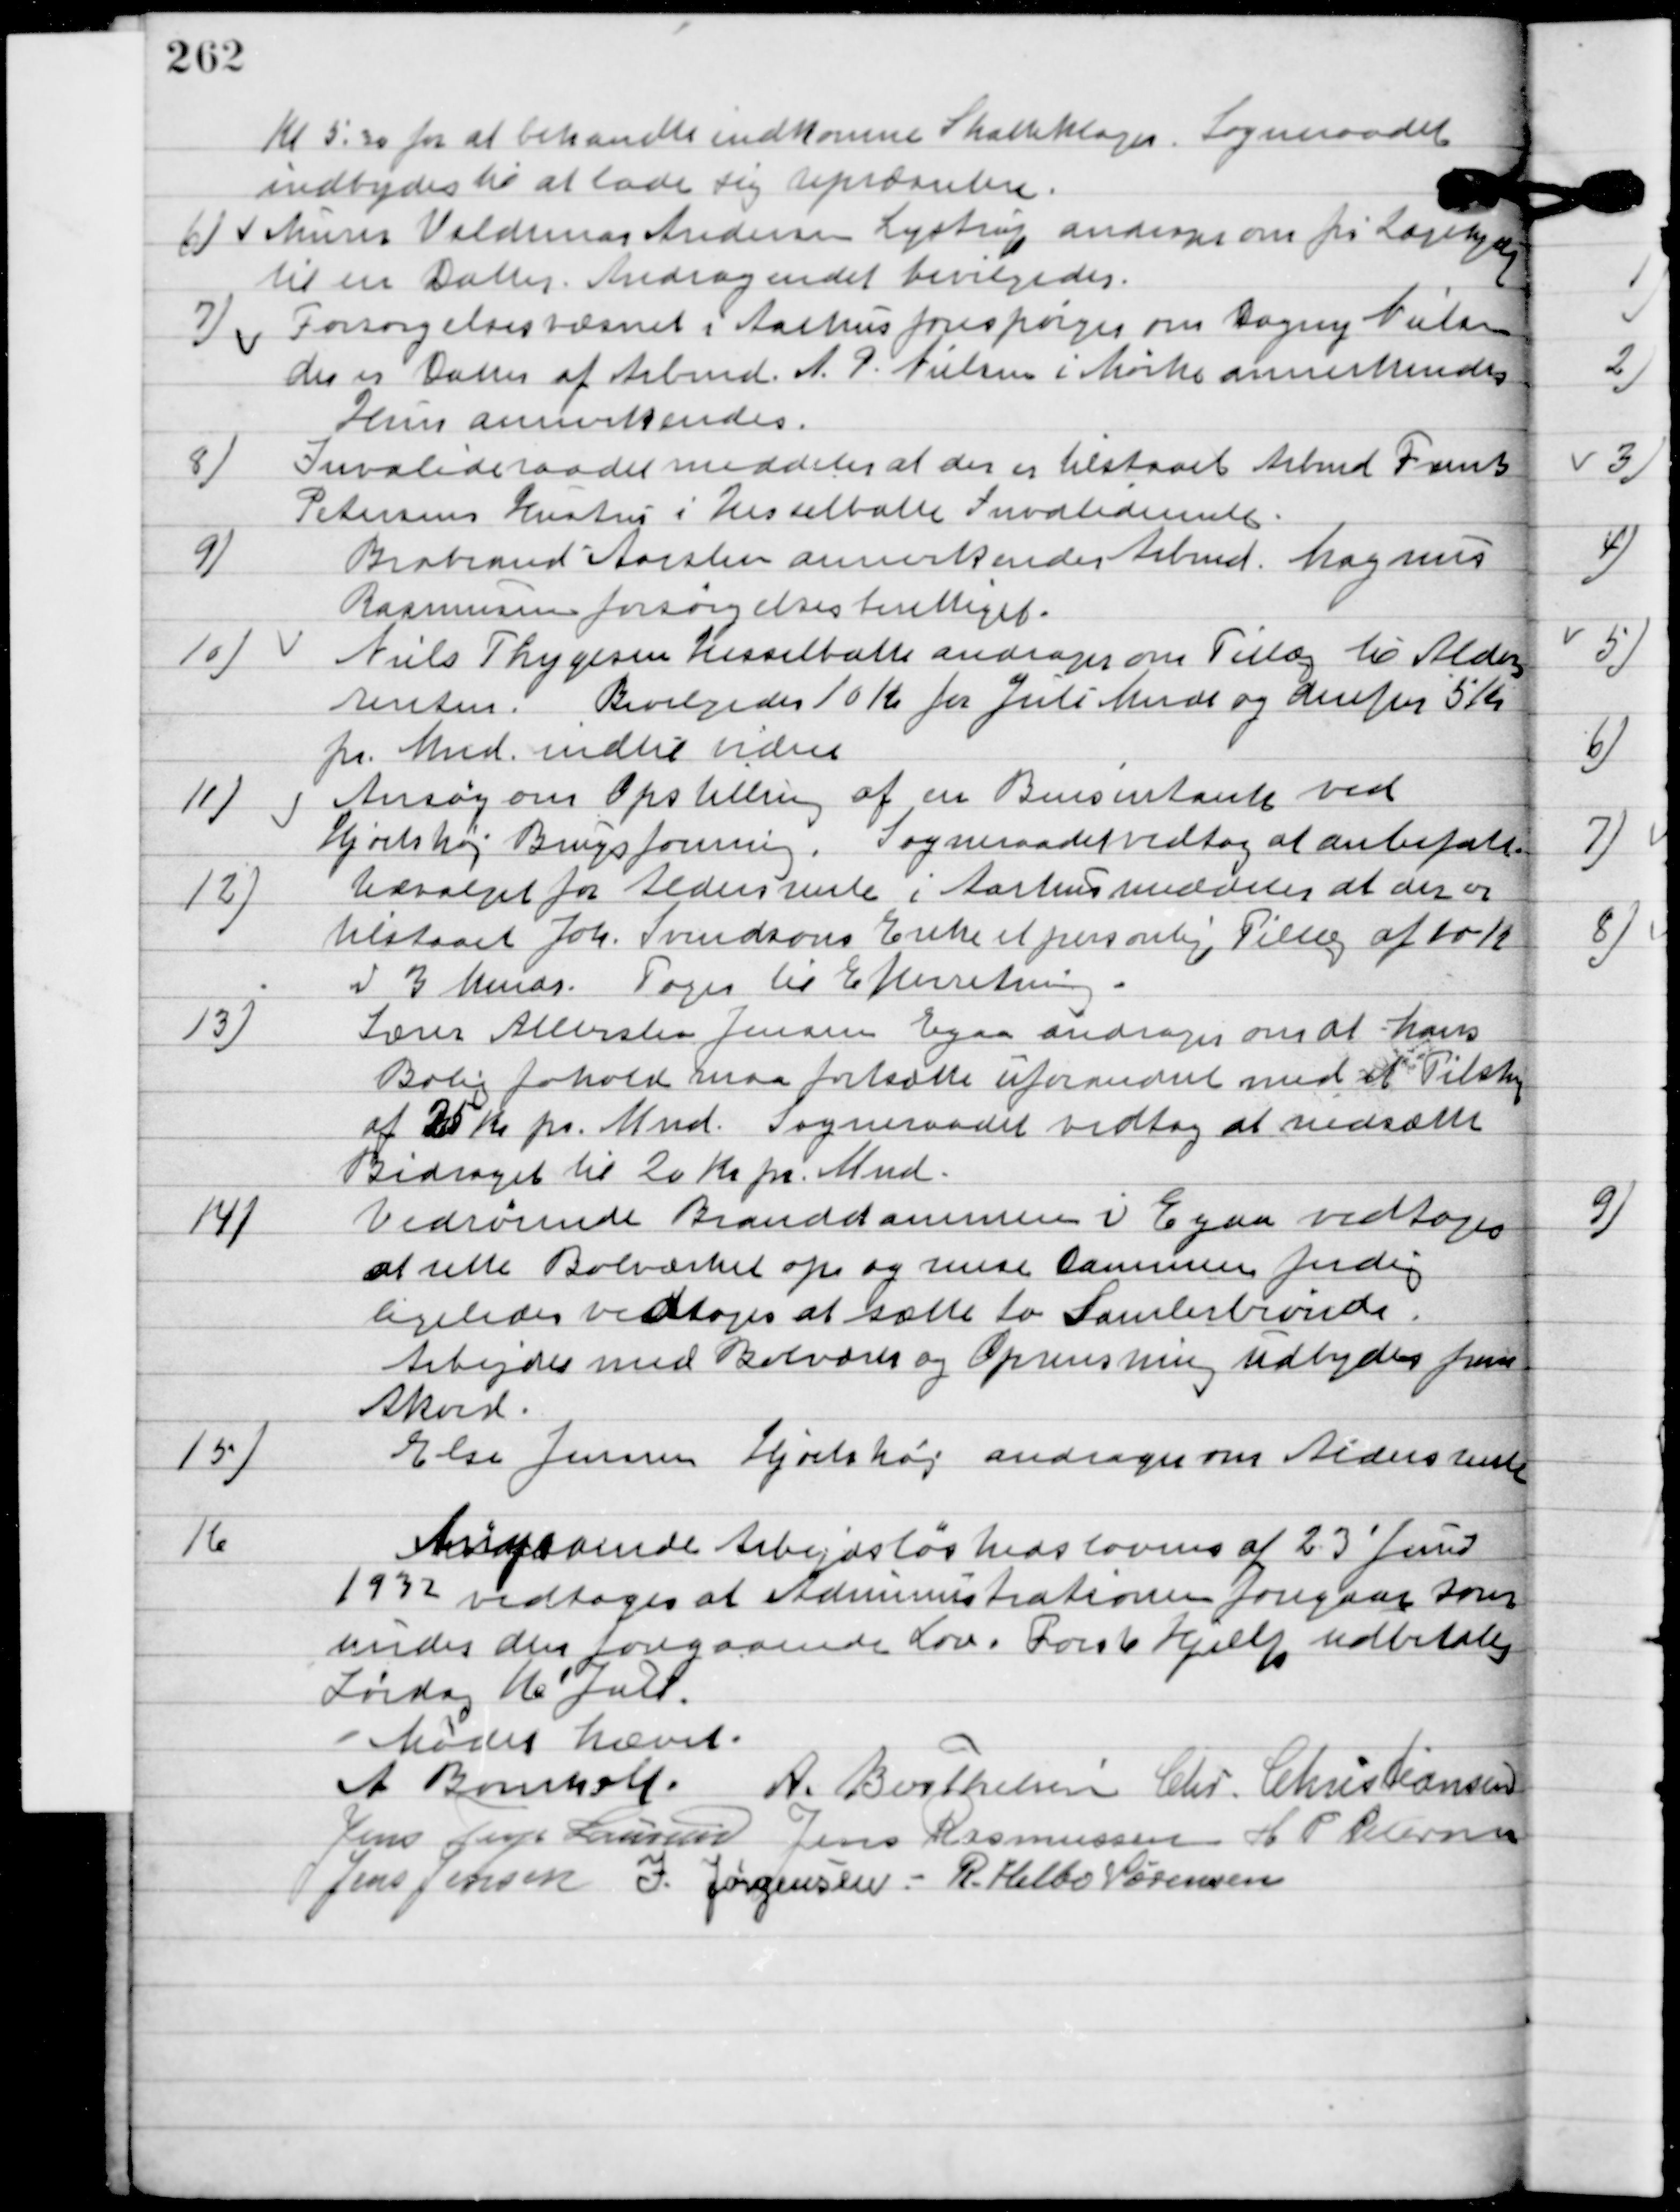
Transskription:
Kl. 5.30 for at behandle indkomne Skatteklager. Sogneraadet
indbydes til at lade sig Repræsentere.

6

Murer Valdemar Andersen Lystrup andrage om fri Lægehjælp
til en Datter.
Andraget bevilgedes.

7.

Forsørgelsesvæsenet i Aarhus forespørger om Dagny Nielsen
der er Datter af Arbmd. A. P. Nielsen i Mørke annerkendes.
Hun annerkendes.

8

Invalideraadet meddeler at der er tilstaaet Arbmd. Frank
Petersens Hustru i Hesselballe Invaliderente.

9

Brabrand Aarslev annerkender Arbmd. Magnus
Rasmussen forsørgelsesberettiget.

10

Niels Thygesen Hesselballe andrager om Tillæg til Alders-
renten.
Bevilgedes 10 Kr. for juli Mnd. Og derefter 5 Kr.
pr. Mnd. Indtil videre.

11

Ansøg om Opstilling af en Bensintank ved
Hjortshøj Brugsforening. Sogneraadet vedtog at anbefale.

12

Udvalget for Aldersrente i Aarhus meddeler at der er
tilstaaet Joh. Svendsens Enke et personlig Tillæg af 10 Kr.
 i 3 Mndr.
Toges til Efterretning.

13

Lærer Allerslev Jensen Egaa andrager om at hans
Boligforhold maa fortsætte uforandret med det Tilskud
af 35 Kr. pr. Mnd.
Sogneraadet vedtog at nedsætte
Bidraget til 20 Kr. pr. Mnd.

14

Vedrørende Branddammen i Egaa vedtoges
at rette Bolværket op og rense Dammen færdig,
ligeledes vedtoges at sætte to Samlebrønde.
Arbejdet med Bolværn og Oprensning udbydes for
Akord.

15

Else Jensen Hjortshøj andrager om Aldersrente.

16

Angaaende Arbejdsløshedslovens af 23´ juni
1932 vedtoges at Administrationen Foregaar som
under den foregaaende Lov. Forsk. Hjælp udbetales
Lørdag 11. Juli.

Mødet hævet.

A. Bomholt
A. Berthelsen
Chr. Christiansen
Jens Terp Laursen
Jens Rasmussen
H. P. Pedersen
Jens Jensen
J. Jørgensen
R. Helbo Sørensen